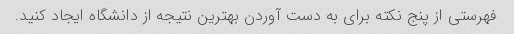
فهرستی از پنج نکته برای به دست آوردن بهترین نتیجه از دانشگاه ایجاد کنید.